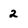
Character: 2